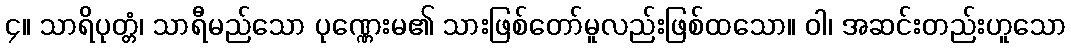
၄။ သာရိပုတ္တံ၊ သာရီမည်သော ပုဏ္ဏေးမ၏ သားဖြစ်တော်မူလည်းဖြစ်ထသော။ ဝါ၊ အဆင်းတည်းဟူသော